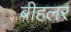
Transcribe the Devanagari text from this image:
बीहलर